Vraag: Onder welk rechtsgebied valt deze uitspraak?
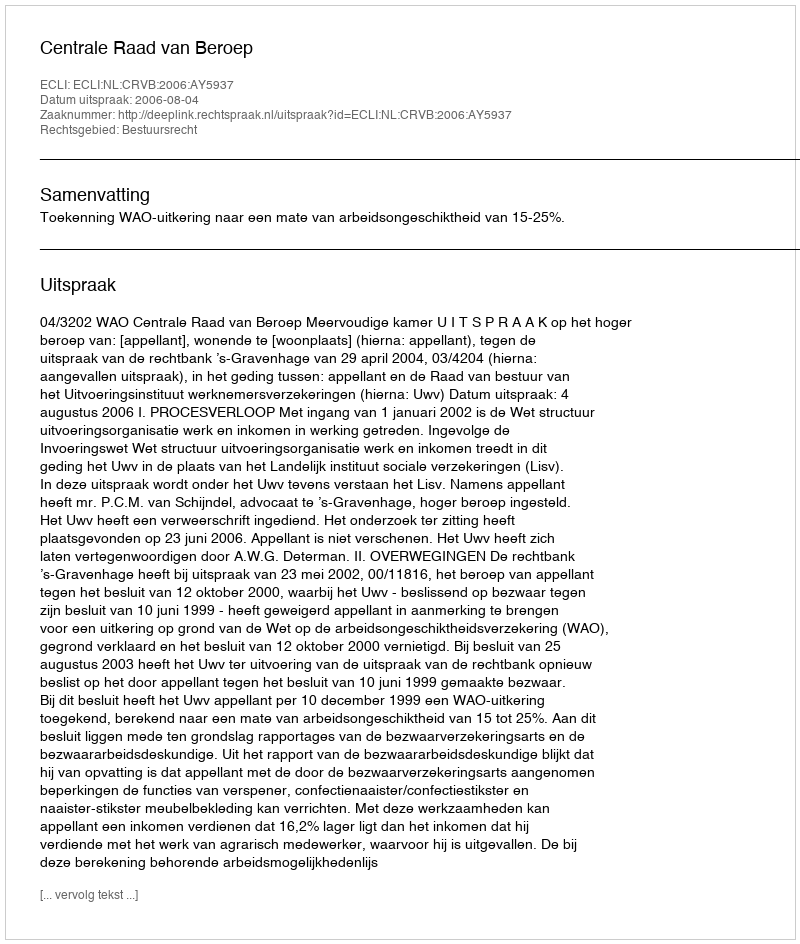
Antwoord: Bestuursrecht